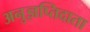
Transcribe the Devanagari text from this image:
अनुज्ञप्तिदाता